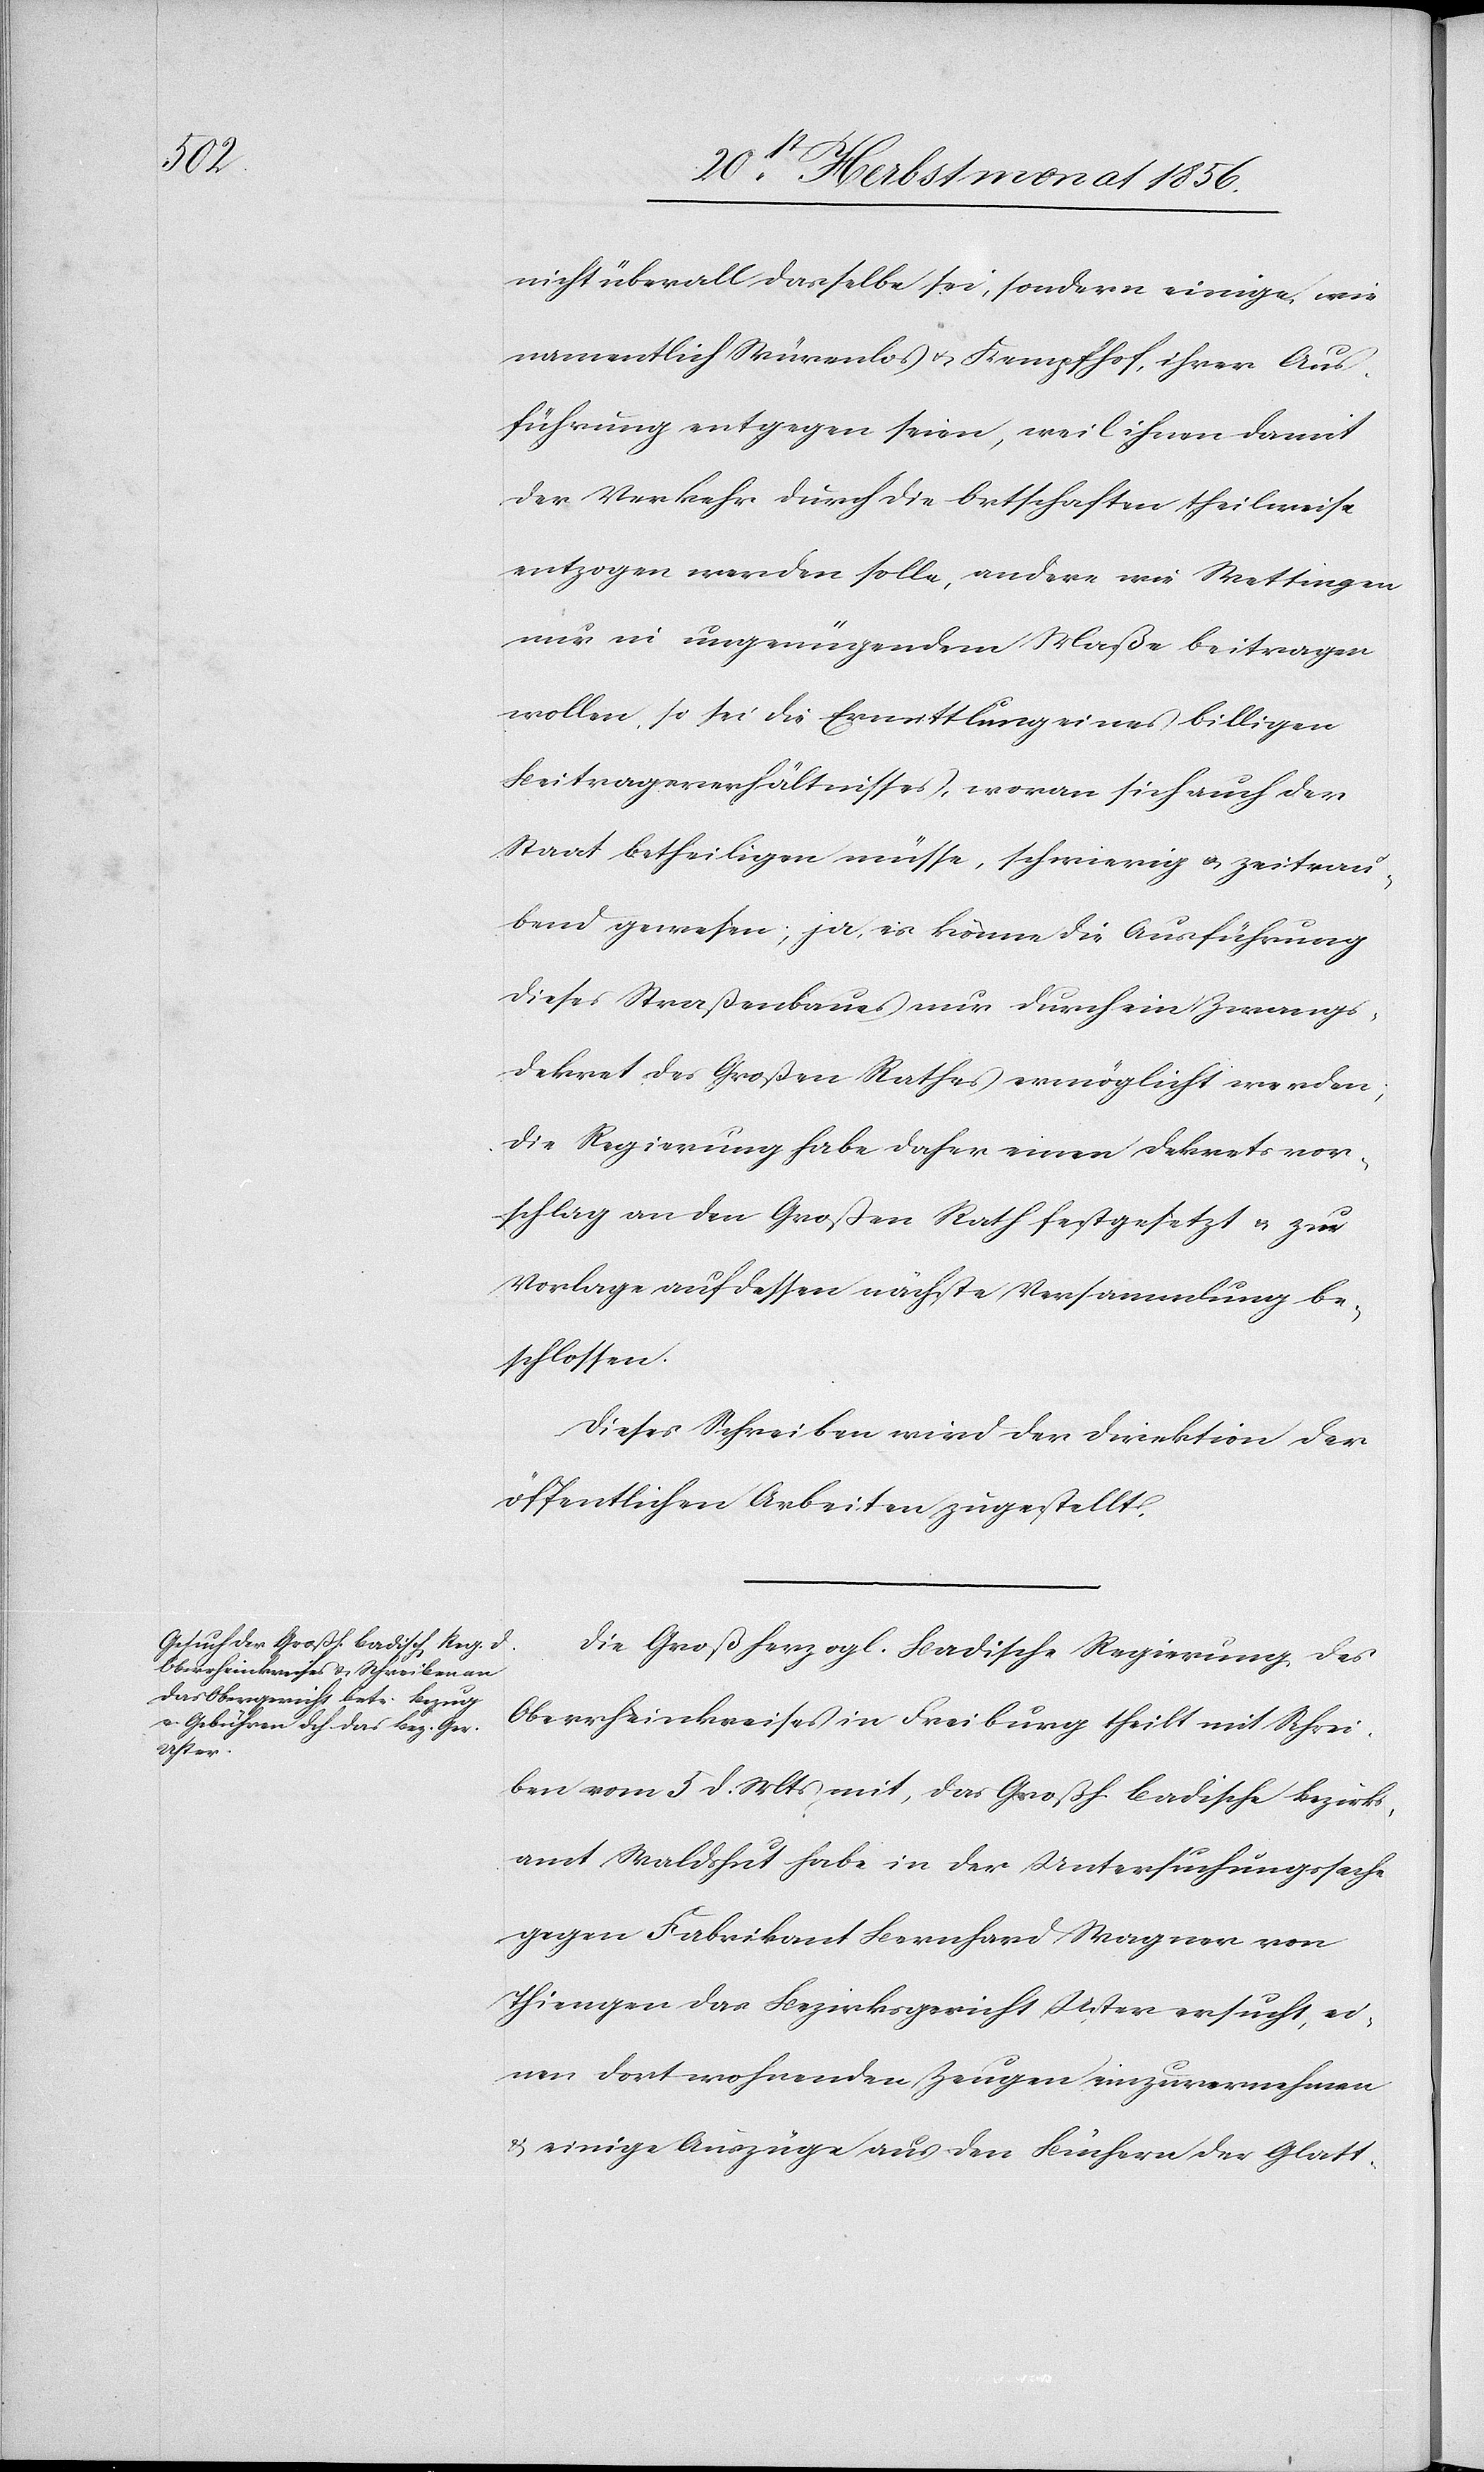
nicht überall dasselbe sei, sondern einige, wie
namentlich Würenlos u. Kempfhof, ihrer Aus¬
führung entgegen seien, weil ihnen damit
der Verkehr durch die Ortschaften theilweise
entzogen werden solle, andere wie Wettingen
nur in ungenügendem Maße beitragen
wollen, so sei die Ermittlung eines billigen
Beitragsverhältnisses, woran sich auch der
Staat betheiligen müsse, schwierig u. zeitrau¬
bend gewesen; ja, es könne die Ausführung
dieses Straßenbaues nur durch ein Zwangs¬
dekret des Großen Rathes ermöglicht werden;
die Regierung habe daher einen Dekretsvor¬
schlag an den Großen Rath festgesetzt u. zur
Vorlage auf dessen nächste Versammlung be¬
schlossen.
Dieses Schreiben wird der Direktion der
öffentlichen Arbeiten zugestellt.
Die Großherzogl. Badische Regierung des
Oberrheinkreises in Freiburg theilt mit Schrei¬
ben vom 5 d. Mts mit, das Großh. badische Bezirk¬
samt Waldshut habe in der Untersuchungssache
gegen Fabrikant Bernhard Wagner von
Thiengen das Bezirksgericht Uster ersucht, ei¬
nen dort wohnenden Zeugen einzuvernehmen
& einige Auszüge aus den Büchern der Glatt-